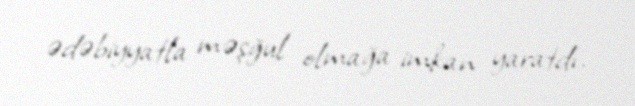
ədəbiyyatla məşğul olmağa imkan yaratdı.